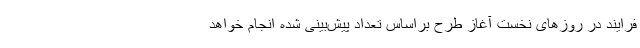
فرایند در روزهای نخست آغاز طرح براساس تعداد پیش‌بینی شده انجام خواهد